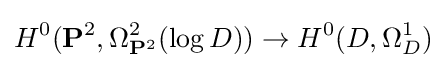
H^{0}(\mathbf {P} ^{2},\Omega _{\mathbf {P} ^{2}}^{2}(\log D))\to H^{0}(D,\Omega _{D}^{1})